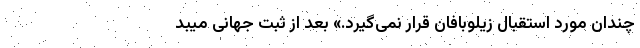
چندان مورد استقبال زیلوبافان قرار نمی‌گیرد.» بعد از ثبت جهانی میبد